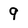
Character: 9